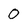
Character: 0